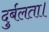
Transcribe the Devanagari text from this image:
दुर्बलता।